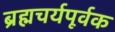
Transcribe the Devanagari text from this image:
ब्रह्मचर्यपूर्वक